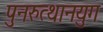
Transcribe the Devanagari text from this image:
पुनरुत्थानयुग